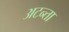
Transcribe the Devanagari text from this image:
अटन्ता